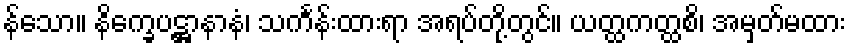
န်သော။ နိက္ခေပဋ္ဌာနာနံ၊ သင်္ကန်းထားရာ အရပ်တို့တွင်။ ယတ္ထကတ္ထစိ၊ အမှတ်မထား